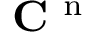
\mathbf { C } ^ { \mathrm { ~ n ~ } }